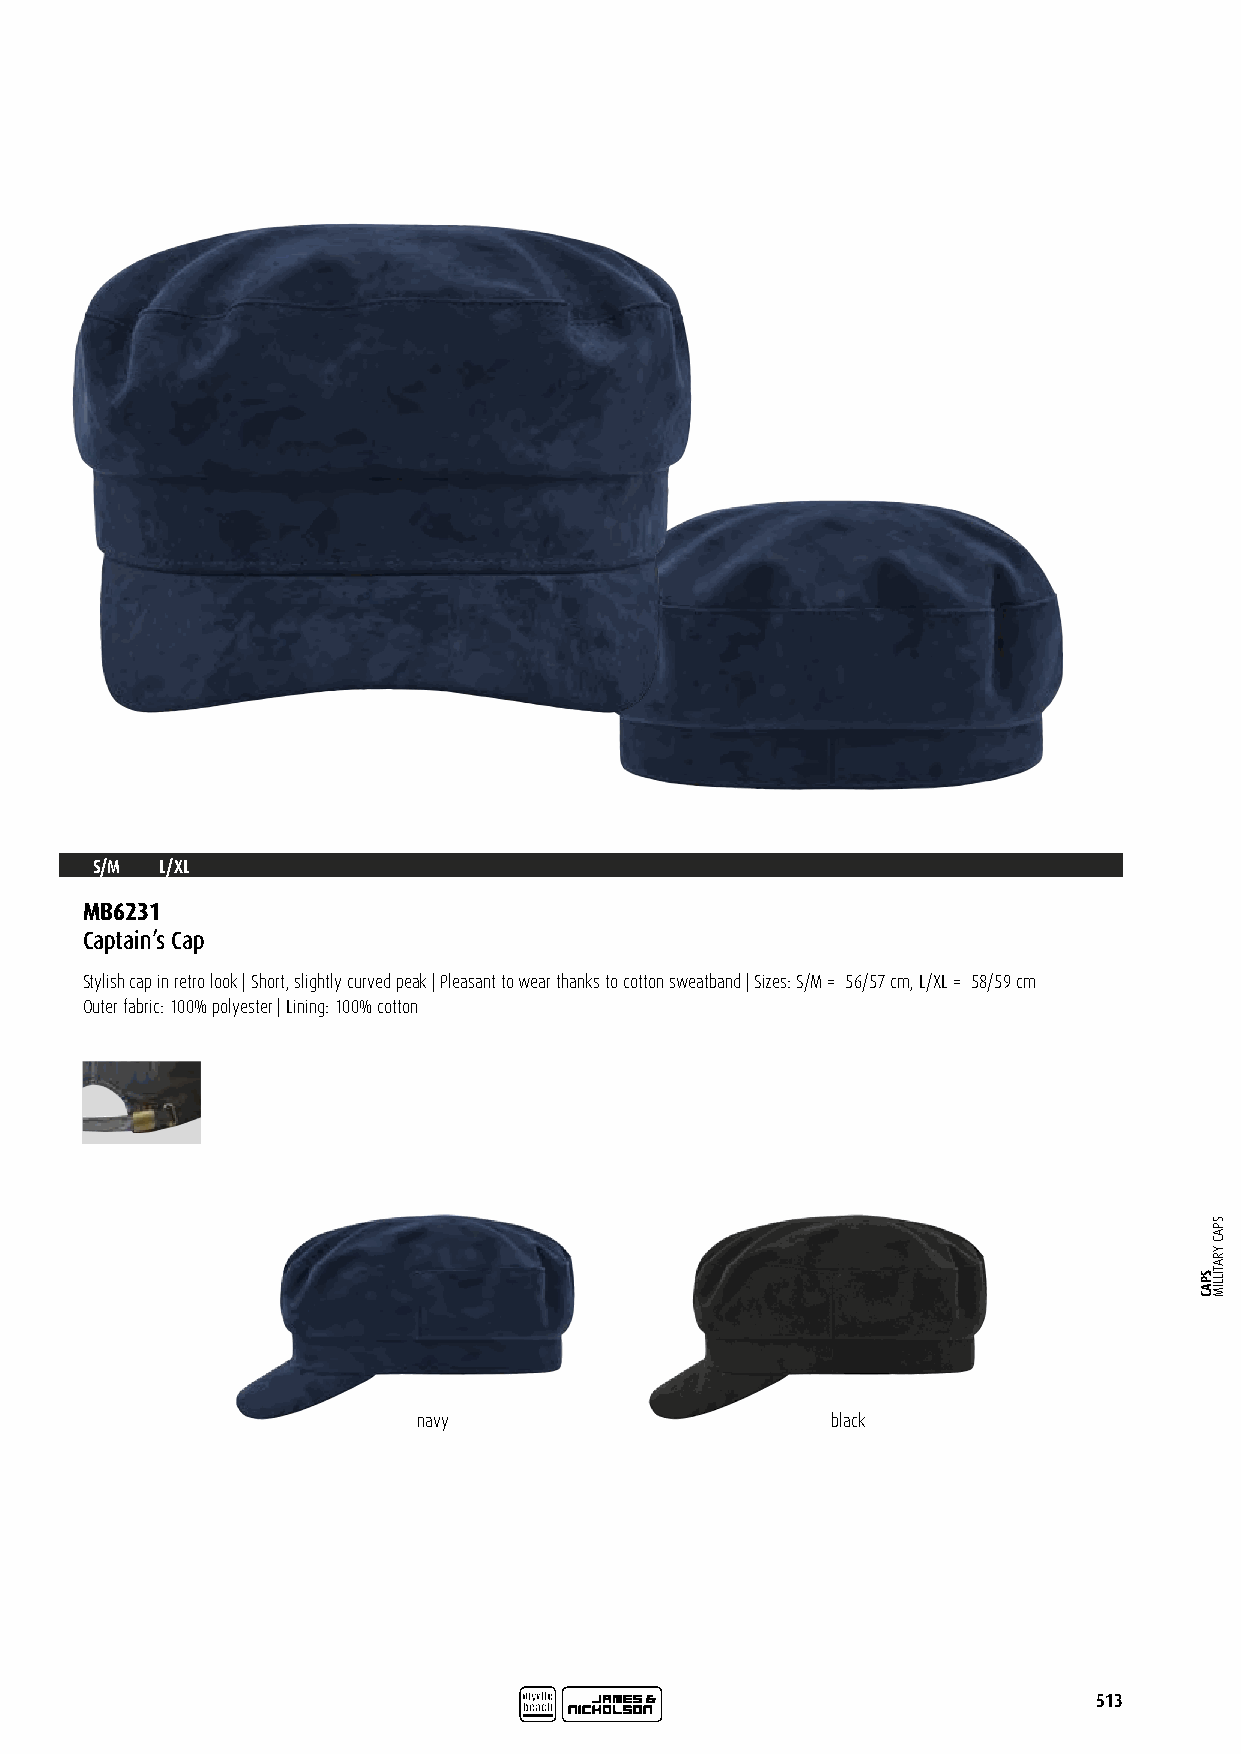
S/M L/XL
 MB6231
 Captain’s Cap
 Stylish cap in retro look | Short, slightly curved peak | Pleasant to wear thanks to cotton sweatband | Sizes: S/M = 56/57 cm, L/XL = 58/59 cm
 Outer fabric: 100% polyester | Lining: 100% cotton
 navy                       black
 513
 SPAC
 SPAC
 YRATILLIM